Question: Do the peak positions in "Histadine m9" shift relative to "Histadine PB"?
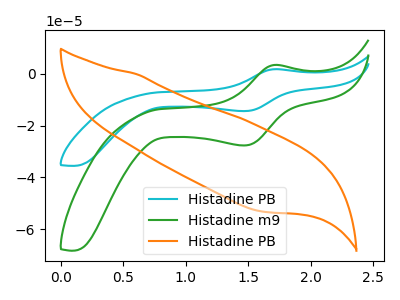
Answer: <think>The cyan curve "Histadine PB" has an anodic peak at (1.70V, 1.75uA) and a cathodic peak at (1.45V, -14.40uA). The green curve "Histadine m9" has an anodic peak at (1.70V, 3.40uA) and a cathodic peak at (1.45V, -27.65uA). The orange curve "Histadine PB" has no peaks.
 All the peaks in "Histadine m9" have a peak in "Histadine PB" at the same potential. Every peak in "Histadine m9" is higher than every peak in "Histadine PB".</think>
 <answer>No, "Histadine m9" and "Histadine PB" don't appear to be significantly different in shape</answer>
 <eval>no_change</eval>